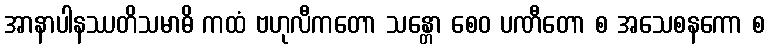
အာနာပါနဿတိသမာဓိ ကထံ ဗဟုလီကတော သန္တော စေဝ ပဏီတော စ အသေစနကော စ